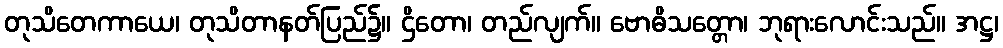
တုသိတေကာယေ၊ တုသိတာနတ်ပြည်၌။ ဌိတော၊ တည်လျက်။ ဗောဓိသတ္တော၊ ဘုရားလောင်းသည်။ အဋ္ဌ၊